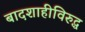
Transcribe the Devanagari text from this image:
बादशाहीविरुद्ध